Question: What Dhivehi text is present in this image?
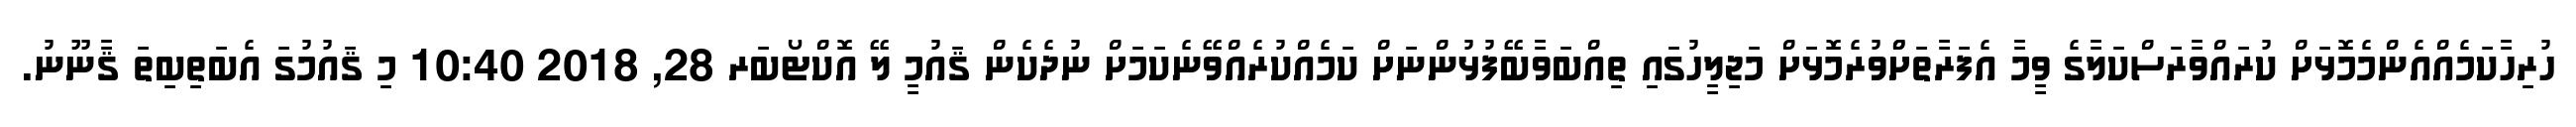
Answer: ހުރިހާކަމެއްއެންމެމޮޅަށް ކުރައްވާރަސްކަލާގެ ވީމާ އެފަރާތަށްްވުރެމޮޅަށް މަޖިލީހުގައި ތިއްބަވާބޭފުޅުންނަށް ކަމެއްކުރެއްވޭނެކަމަށް ނުދެކެން ޤައުމީ ލޭ އޮކްޓޯބަރ 28, 2018 10:40 މި ޤައުމުގަ އެބަތިބިތަ ޤާނޫނު.